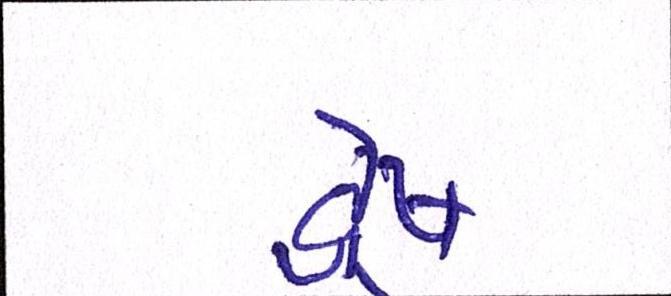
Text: દ્વેષ